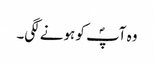
وہ آپؐ کو ہونے لگی۔